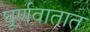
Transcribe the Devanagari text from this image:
घूर्णवातात